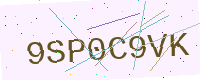
Text: 9SP0C9VK